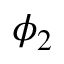
\phi _ { 2 }